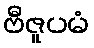
ဗီဇူပမံ